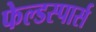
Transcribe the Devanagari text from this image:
फेल्डस्पार्स